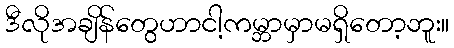
ဒီလိုအချိန်တွေဟာငါ့ကမ္ဘာမှာမရှိတော့ဘူး။